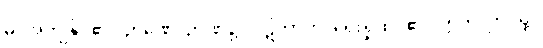
မံ၊ အကျွန်ုပ်၏။ ဉာဏေ၊ ဉာဏ်၌။ ပဋိဘာတိ၊ ရှေးရှုထင်၏။ ဣတိ၊ ဤသို့။